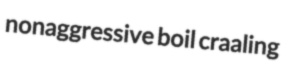
nonaggressive boil craaling